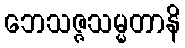
ဘေသဇ္ဇသမ္မတာနိ